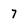
Character: 7